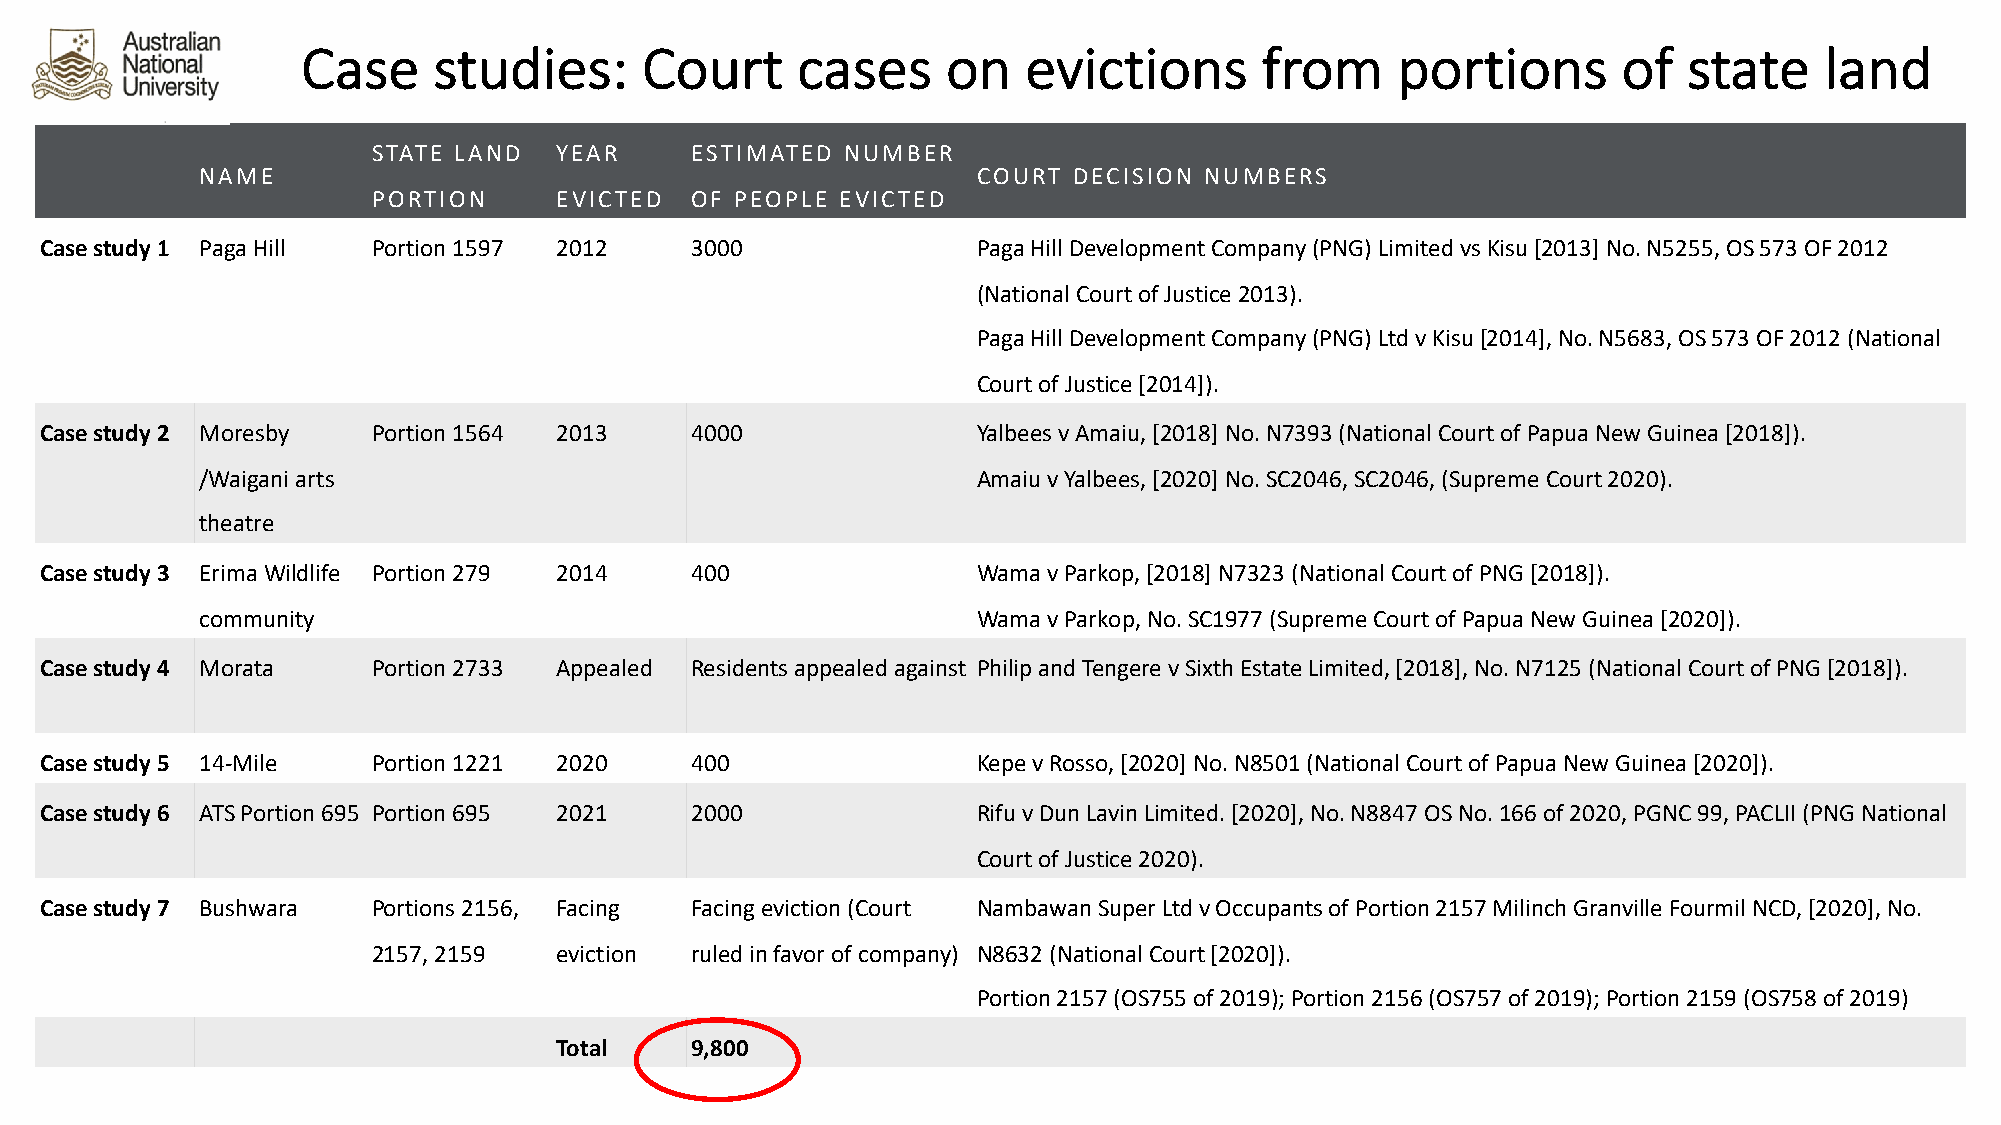
Case     studies:     Court      cases     on   evictions       from    portions       of   state    land
 STATE LAND  YEAR     ESTIMATED NUMBER
 NAME                                                COURT DECISION NUMBERS
 PORTION     EVICTED  OF PEOPLE EVICTED
 Case study 1 PagaHill Portion 1597 2012    3000               PagaHill Development Company (PNG) Limited vs Kisu[2013] No. N5255, OS 573 OF 2012
 (National Court of Justice 2013).
 PagaHill Development Company (PNG) Ltd v Kisu[2014], No. N5683, OS 573 OF 2012 (National
 Court of Justice [2014]).
 Case study 2 Moresby  Portion 1564 2013    4000               Yalbees v Amaiu, [2018] No. N7393 (National Court of Papua New Guinea [2018]).
 /Waigani arts                                       Amaiu v Yalbees, [2020] No. SC2046, SC2046, (Supreme Court 2020).
 theatre
 Case study 3 ErimaWildlife Portion 279 2014 400               Wama v Parkop, [2018] N7323 (National Court of PNG [2018]).
 community                                           Wama v Parkop, No. SC1977 (Supreme Court of Papua New Guinea [2020]).
 Case study 4 Morata   Portion 2733 Appealed Residents appealed against Philip and Tengere v Sixth Estate Limited, [2018], No. N7125 (National Court of PNG [2018]).
 Case study 5 14-Mile  Portion 1221 2020    400                Kepe v Rosso, [2020] No. N8501 (National Court of Papua New Guinea [2020]).
 Case study 6 ATS Portion 695 Portion 695 2021 2000            Rifu v Dun Lavin Limited. [2020], No. N8847 OS No. 166 of 2020, PGNC 99, PACLII (PNG National
 Court of Justice 2020).
 Case study 7 Bushwara Portions 2156, Facing Facing eviction (Court Nambawan Super Ltd v Occupants of Portion 2157 Milinch Granville Fourmil NCD, [2020], No.
 2157, 2159  eviction ruled in favor of company) N8632 (National Court [2020]).
 Portion 2157 (OS755 of 2019); Portion 2156 (OS757 of 2019); Portion 2159 (OS758 of 2019)
 Total    9,800